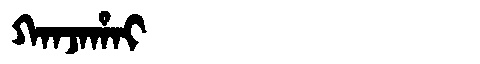
Manchu: ᡴᠠᠨᠵᠠᡥᠠᡳ
Romanization: KANJAHAI